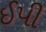
ઈપી